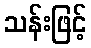
သန်းဖြင့်